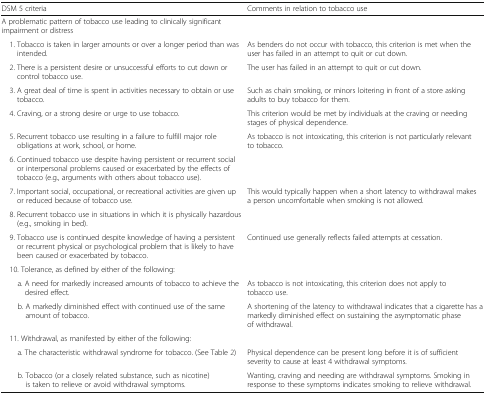
| DSM 5 criteria | Comments in relation to tobacco use |
 | --- | --- |
 | A problematic pattern of tobacco use leading to clinically significant impairment or distress |  |
 | 1. Tobacco is taken in larger amounts or over a longer period than was intended. | As benders do not occur with tobacco, this criterion is met when the user has failed in an attempt to quit or cut down. |
 | 2. There is a persistent desire or unsuccessful efforts to cut down or control tobacco use. | The user has failed in an attempt to quit or cut down. |
 | 3. A great deal of time is spent in activities necessary to obtain or use tobacco. | Such as chain smoking, or minors loitering in front of a store asking adults to buy tobacco for them. |
 | 4. Craving, or a strong desire or urge to use tobacco. | This criterion would be met by individuals at the craving or needing stages of physical dependence. |
 | 5. Recurrent tobacco use resulting in a failure to fulfill major role obligations at work, school, or home. | As tobacco is not intoxicating, this criterion is not particularly relevant to tobacco. |
 | 6. Continued tobacco use despite having persistent or recurrent social or interpersonal problems caused or exacerbated by the effects of tobacco (e.g., arguments with others about tobacco use). |  |
 | 7. Important social, occupational, or recreational activities are given up or reduced because of tobacco use. | This would typically happen when a short latency to withdrawal makes a person uncomfortable when smoking is not allowed. |
 | 8. Recurrent tobacco use in situations in which it is physically hazardous (e.g., smoking in bed). |  |
 | 9. Tobacco use is continued despite knowledge of having a persistent or recurrent physical or psychological problem that is likely to have been caused or exacerbated by tobacco. | Continued use generally reflects failed attempts at cessation. |
 | 10. Tolerance, as defined by either of the following: |  |
 | a. A need for markedly increased amounts of tobacco to achieve the desired effect. | As tobacco is not intoxicating, this criterion does not apply to tobacco use. |
 | b. A markedly diminished effect with continued use of the same amount of tobacco. | A shortening of the latency to withdrawal indicates that a cigarette has a markedly diminished effect on sustaining the asymptomatic phase of withdrawal. |
 | 11. Withdrawal, as manifested by either of the following: |  |
 | a. The characteristic withdrawal syndrome for tobacco. (See Table 2) | Physical dependence can be present long before it is of sufficient severity to cause at least 4 withdrawal symptoms. |
 | b. Tobacco (or a closely related substance, such as nicotine) is taken to relieve or avoid withdrawal symptoms. | Wanting, craving and needing are withdrawal symptoms. Smoking in response to these symptoms indicates smoking to relieve withdrawal. |